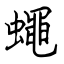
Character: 蠅